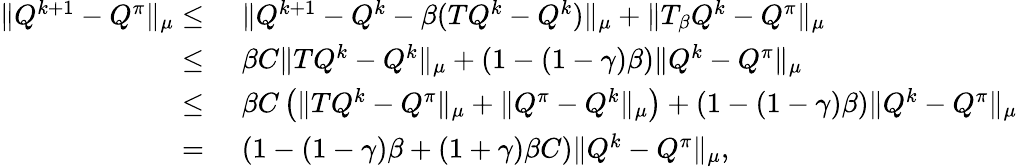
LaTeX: \begin{array}{rl}{\| Q^{k+1}-Q^{\pi}\| _{\mu}\leq}&{\, \, \| Q^{k+1}-Q^{k}-\beta(TQ^{k}-Q^{k})\| _{\mu}+\| T_{\beta}Q^{k}-Q^{\pi}\| _{\mu}}\\ {\leq}&{\, \, \beta C\| TQ^{k}-Q^{k}\| _{\mu}+(1-(1-\gamma)\beta)\| Q^{k}-Q^{\pi}\| _{\mu}}\\ {\leq}&{\, \, \beta C\left(\| TQ^{k}-Q^{\pi}\| _{\mu}+\| Q^{\pi}-Q^{k}\| _{\mu}\right)+(1-(1-\gamma)\beta)\| Q^{k}-Q^{\pi}\| _{\mu}}\\ {=}&{\, \, \left(1-(1-\gamma)\beta+(1+\gamma)\beta C\right)\| Q^{k}-Q^{\pi}\| _{\mu},}\end{array}